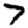
Digit: 7